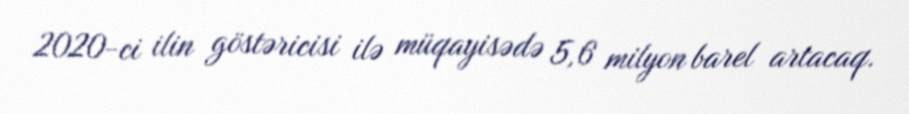
2020-ci ilin göstəricisi ilə müqayisədə 5,6 milyon barel artacaq.